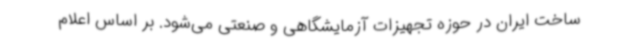
ساخت ایران در حوزه تجهیزات آزمایشگاهی و صنعتی می‌شود. بر اساس اعلام